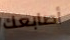
أصابعك